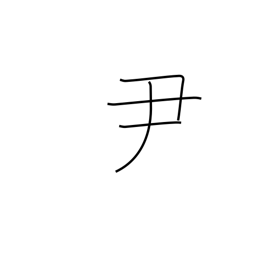
Meaning: an official rank